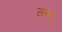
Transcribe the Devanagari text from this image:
सन्स्